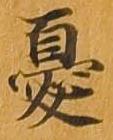
憂